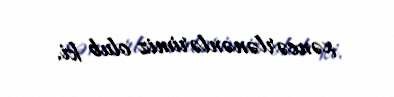
xəncərlənənlərimiz olub ki.